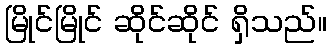
မြိုင်မြိုင် ဆိုင်ဆိုင် ရှိသည်။